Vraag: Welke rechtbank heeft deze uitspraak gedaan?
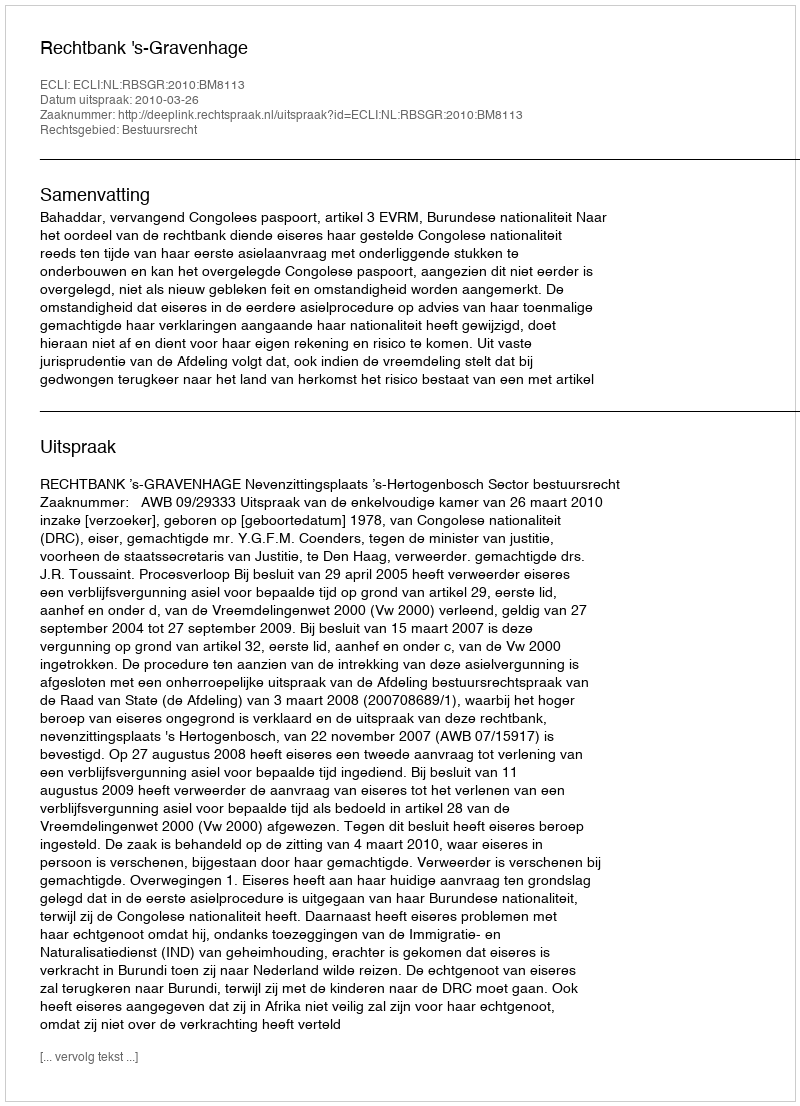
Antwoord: Rechtbank 's-Gravenhage